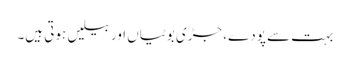
بہت سے پودے، جڑی بوٹیاں اور بیلیں ہوتی ہیں۔